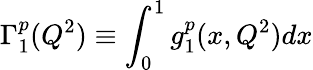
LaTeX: \Gamma_{1}^{p}(Q^{2})\equiv\int_{0}^{1}g_{1}^{p}(x,Q^{2})dx